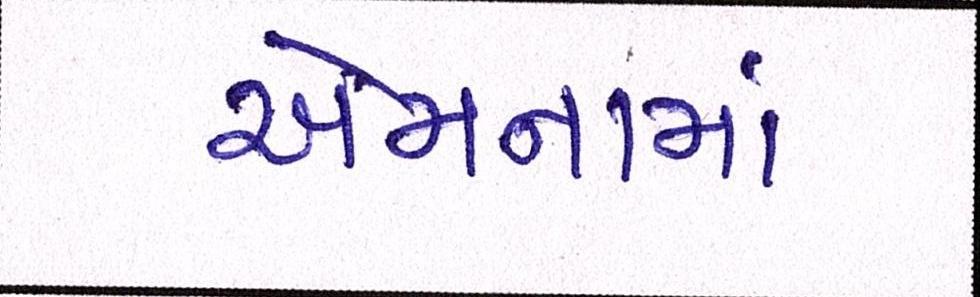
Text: એમનામાં